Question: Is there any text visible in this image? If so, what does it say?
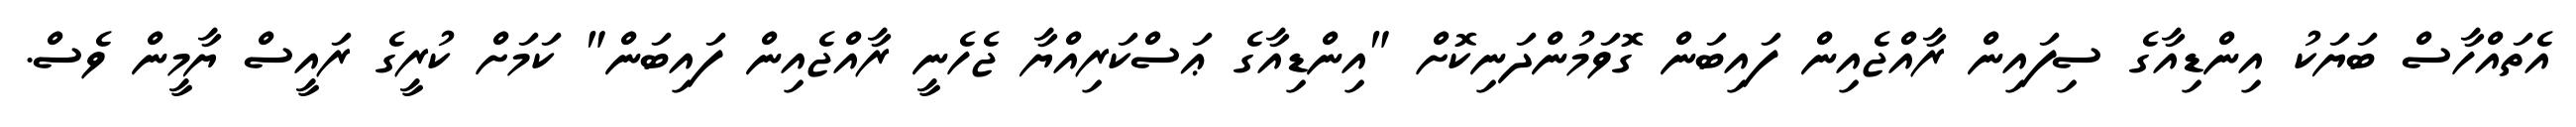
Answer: އެތައްހާސް ބަޔަކު އިންޑިއާގެ ސިފައިން ރާއްޖެއިން ފައިބަން ގޮވަމުންދަނިކޮށް "އިންޑިއާގެ ޢަސްކަރިއްޔާ ޖެހެނީ ރާއްޖެއިން ފައިބަން" ކަމަށް ކުރީގެ ރައީސް ޔާމީން ވެސް.